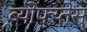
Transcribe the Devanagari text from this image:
ब्र्योफ्य्तेस्